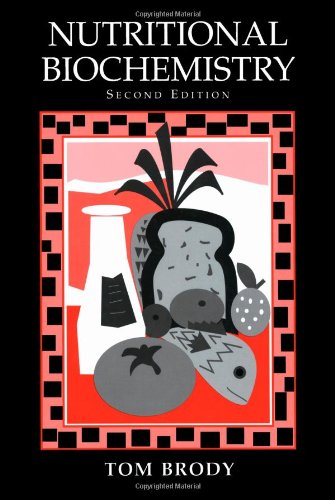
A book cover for Nutritional Biochemistry, Second Edition; Tom Brody; Medical Books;